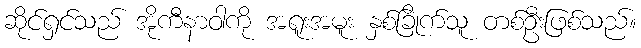
ဆိုင်ရှင်သည် အိုကီနာဝါကို အရူးအမူး နှစ်ခြိုက်သူ တစ်ဦးဖြစ်သည်။